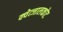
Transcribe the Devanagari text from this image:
क्वेत्जालकोट